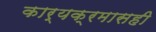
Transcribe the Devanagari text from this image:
कार्यक्रमासही